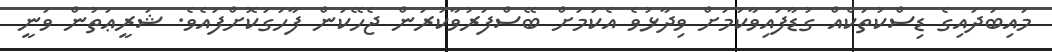
މައިބަދައިގެ ޑިސްކުތަކެއް ގުޑާފައިވާކަަމަށް ވިދާޅުވެ އެކަމަށް ބޭސްފަރުވާކުރަން ޖެހޭކަން ފާހަގަކޮށްފައެވެ. ޝަރީޢަތުން ވަނީ